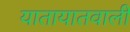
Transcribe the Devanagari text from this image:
यातायातवाली